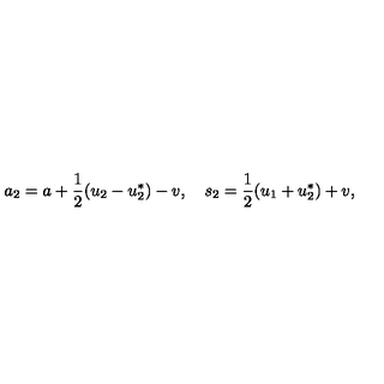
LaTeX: a _ { 2 } = a + \frac { 1 } { 2 } ( u _ { 2 } - u _ { 2 } ^ { * } ) - v , \quad s _ { 2 } = \frac { 1 } { 2 } ( u _ { 1 } + u _ { 2 } ^ { * } ) + v ,